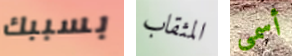
بسببك المثقاب أسمى